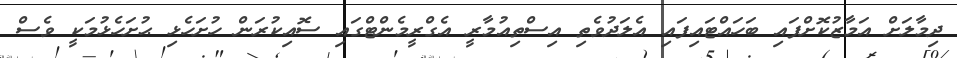
ދިމާލަށް އަމާޒުކޮށްފައި ބަހައްޓައިފައި އެލަދުވެތި އިސްތިއުމާރީ އެގްރީމެންޓްގައި ސޮއިކުރަން ހުށަހެޅި ޙުށަހެޅުމަކީ ވެސް